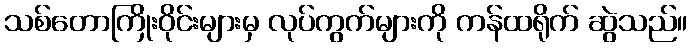
သစ်တောကြိုးဝိုင်းများမှ လုပ်ကွက်များကို ကန်ထရိုက် ဆွဲသည်။